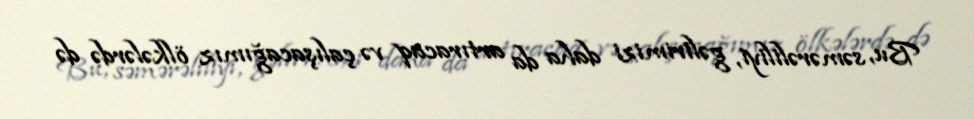
Bu, səmərəliliyi, gəlirimizi daha da artıracaq və çalışacağımız ölkələrdə də